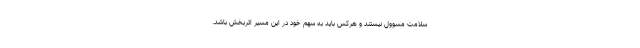
سلامت مسوول نیستند و هرکس باید به سهم خود در این مسیر اثربخش باشد.